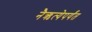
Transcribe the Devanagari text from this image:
नैऋत्येपर्यंत